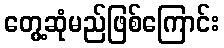
တွေ့ဆုံမည်ဖြစ်ကြောင်း